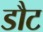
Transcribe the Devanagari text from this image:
डौट